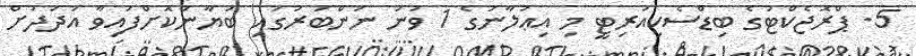
5. ޕްރޮޖެކްޓުގެ ބިޑްސެކިއުރިޓީ މި އިޢުލާނުގެ 1 ވަނަ ނަންބަރުގައި ބަޔާންކޮށްފައިވާ އަދަދަށް